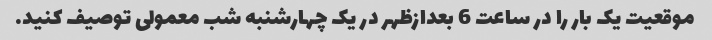
موقعیت یک بار را در ساعت 6 بعدازظهر در یک چهارشنبه شب معمولی توصیف کنید.